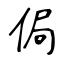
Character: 侷